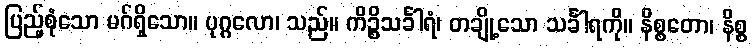
ပြည့်စုံသော မဂ်ရှိသော။ ပုဂ္ဂလော၊ သည်။ ကိဉ္စိသင်္ခါရံ၊ တချို့သော သင်္ခါရကို။ နိစ္စတော၊ နိစ္စ